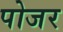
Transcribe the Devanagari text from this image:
पोजर